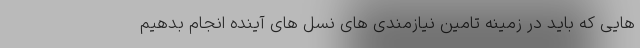
هایی که باید در زمینه تامین نیازمندی های نسل های آینده انجام بدهیم